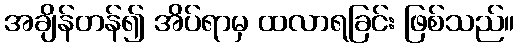
အချိန်တန်၍ အိပ်ရာမှ ထလာရခြင်း ဖြစ်သည်။